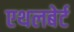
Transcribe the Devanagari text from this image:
एथलबेर्ट